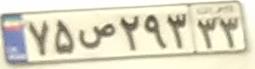
۷۵ص۲۹۳۳۳